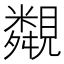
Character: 䚏